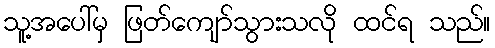
သူ့အပေါ်မှ ဖြတ်ကျော်သွားသလို ထင်ရ သည်။